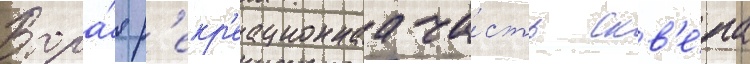
Втора́я р'екр'еационнаа ча́сть скв'е́ра